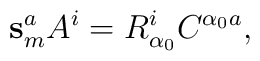
\mathbf{s}_m^a A^i = R^i_{\alpha_0} C^{\alpha_0 a},